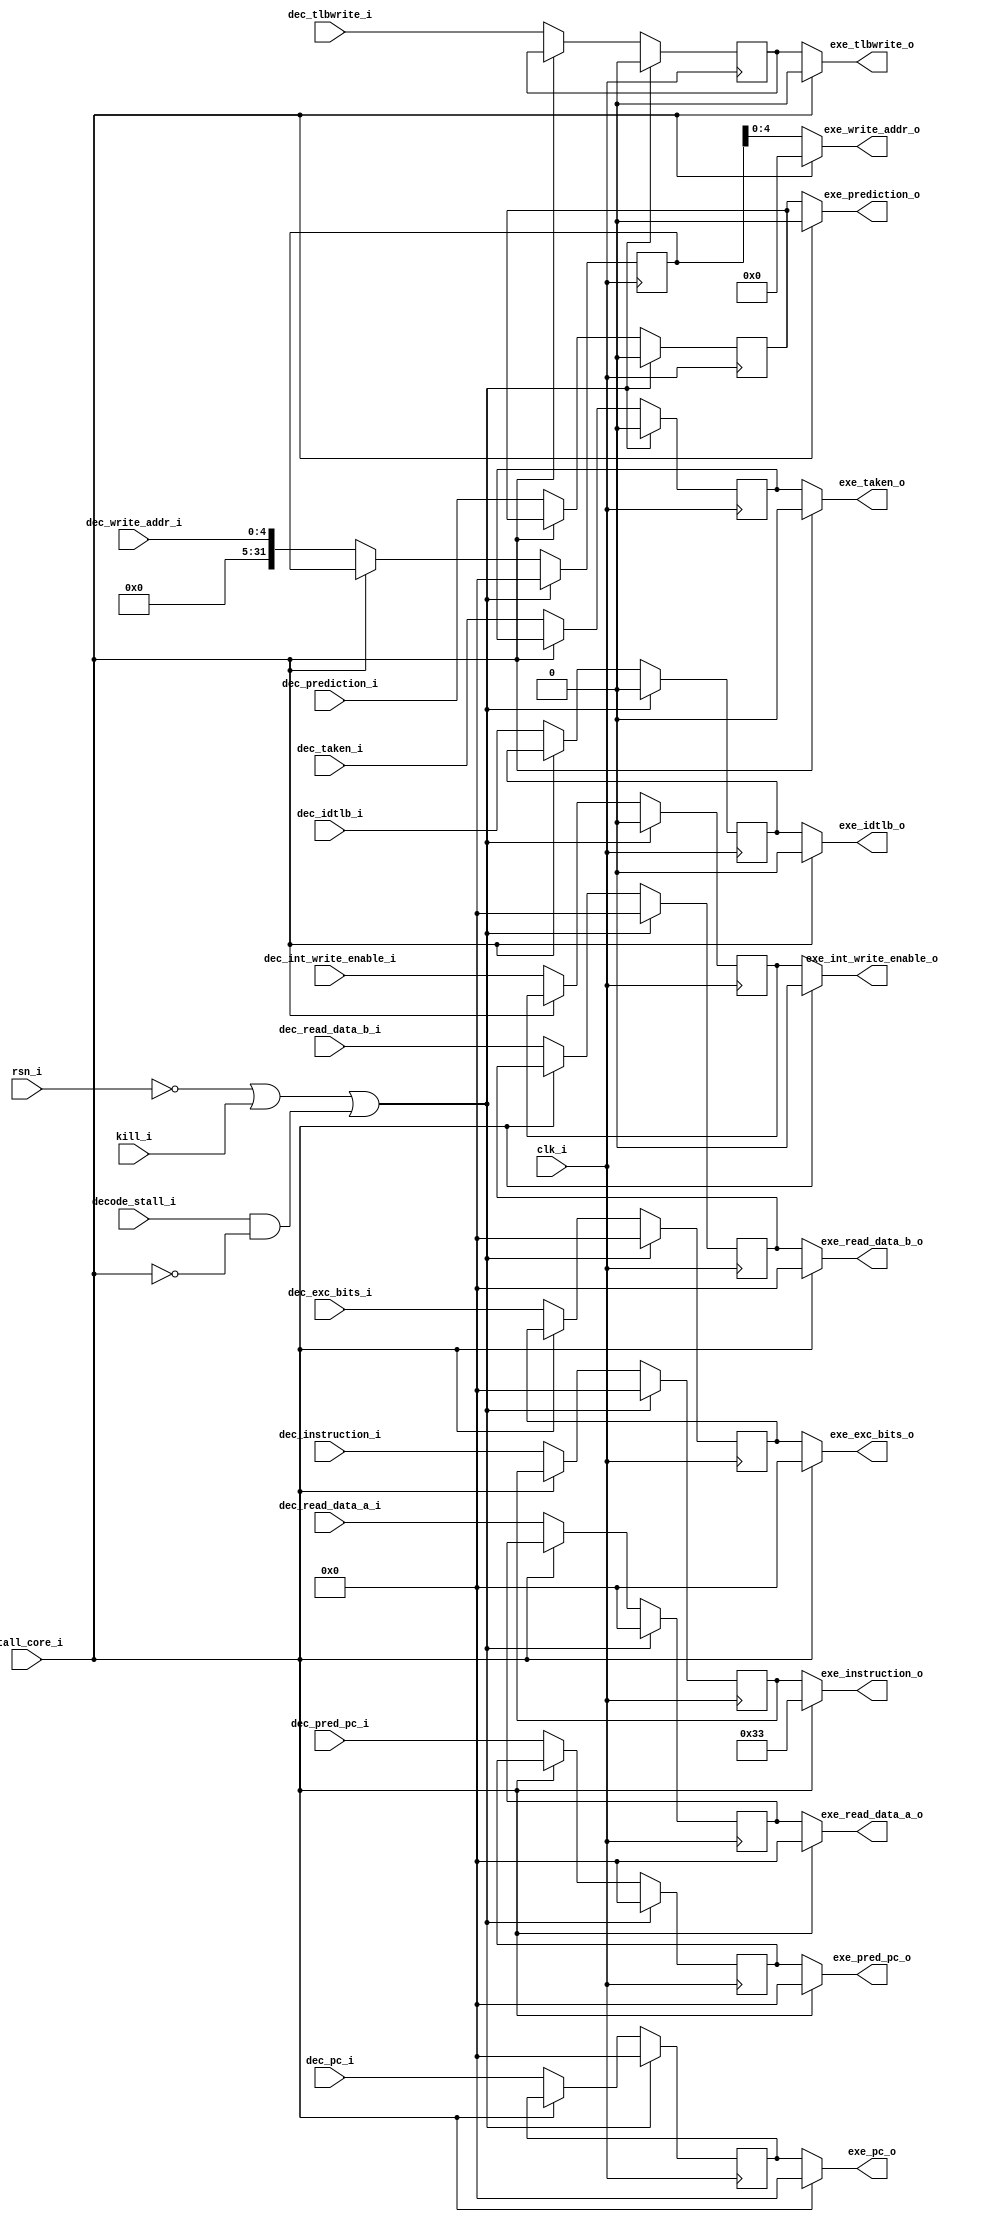
// Latch between registers and exe

module dec_exe_latch(
input		clk_i,
input		rsn_i,
input 		kill_i,
input		stall_core_i,
input       decode_stall_i,
input	[31:0]	dec_read_data_a_i,
input	[31:0]	dec_read_data_b_i,
input	[4:0]	dec_write_addr_i,
input		dec_int_write_enable_i,
input		dec_tlbwrite_i,
input		dec_idtlb_i,
input	[31:0]	dec_exc_bits_i,
input	[31:0]	dec_instruction_i,
input	[31:0]	dec_pc_i,
input   [31:0]  dec_pred_pc_i,
input       dec_prediction_i,
input       dec_taken_i,
output	[31:0]	exe_read_data_a_o,
output	[31:0]	exe_read_data_b_o,
output	[4:0]	exe_write_addr_o,
output		exe_int_write_enable_o,
output		exe_tlbwrite_o,
output		exe_idtlb_o,
output  [31:0] exe_pred_pc_o,
output      exe_prediction_o,
output      exe_taken_o,
output	[31:0]	exe_exc_bits_o,
output	[31:0]	exe_instruction_o,
output	[31:0]	exe_pc_o);

reg	[31:0]	exe_read_data_a;
reg	[31:0]	exe_read_data_b;
reg	[31:0]	exe_write_addr;
reg		exe_int_write_enable;
reg		exe_tlbwrite;
reg		exe_idtlb;
reg	[31:0]	exe_pred_pc;
reg     exe_prediction;
reg     exe_taken;
reg	[31:0]	exe_exc_bits;
reg	[31:0]	exe_instruction;
reg	[31:0]	exe_pc;
	
assign exe_read_data_a_o = stall_core_i ? 0 : exe_read_data_a;
assign exe_read_data_b_o = stall_core_i ? 0 : exe_read_data_b;
assign exe_write_addr_o = stall_core_i ? 0 : exe_write_addr;
assign exe_int_write_enable_o = stall_core_i ? 0 : exe_int_write_enable;
assign exe_tlbwrite_o = stall_core_i ? 0 : exe_tlbwrite;
assign exe_idtlb_o = stall_core_i ? 0 : exe_idtlb;
assign exe_prediction_o = stall_core_i ? 0 : exe_prediction;
assign exe_pred_pc_o = stall_core_i ? 0 : exe_pred_pc;
assign exe_taken_o = stall_core_i ? 0 : exe_taken;
assign exe_exc_bits_o = stall_core_i ? 0 : exe_exc_bits;
assign exe_instruction_o = stall_core_i ? 32'h033 : exe_instruction;
assign exe_pc_o = stall_core_i ? 0 : exe_pc;
	
// Latch 
always @(posedge clk_i)
begin
	if (!rsn_i || kill_i ||(decode_stall_i & !stall_core_i)) begin
		exe_read_data_a = 5'b0;
		exe_read_data_b = 5'b0;
		exe_write_addr = 5'b0;
		exe_int_write_enable = 1'b0;
		exe_tlbwrite = 1'b0;
		exe_idtlb = 1'b0;
		exe_pred_pc = 32'b0;
		exe_prediction = 1'b0;
		exe_taken = 1'b0;
		exe_exc_bits = 1'b0;
		exe_instruction = 32'b0;
		exe_pc = 32'b0;
	end
	else begin
		if (!stall_core_i) begin
			exe_read_data_a = dec_read_data_a_i;
			exe_read_data_b = dec_read_data_b_i;
			exe_write_addr = dec_write_addr_i;
			exe_int_write_enable = dec_int_write_enable_i;
			exe_tlbwrite = dec_tlbwrite_i;
			exe_idtlb = dec_idtlb_i;
			exe_pred_pc = dec_pred_pc_i;
			exe_prediction = dec_prediction_i;
			exe_taken = dec_taken_i;
			exe_exc_bits = dec_exc_bits_i;
			exe_instruction = dec_instruction_i;
			exe_pc = dec_pc_i;
		end
	end
end
endmodule